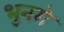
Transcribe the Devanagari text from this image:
भुनगे